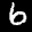
Label: 6